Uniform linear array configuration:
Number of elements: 12
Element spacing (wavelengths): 0.25
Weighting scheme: hann
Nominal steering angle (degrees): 60
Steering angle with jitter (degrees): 61.871
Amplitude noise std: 0.05
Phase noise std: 0.05

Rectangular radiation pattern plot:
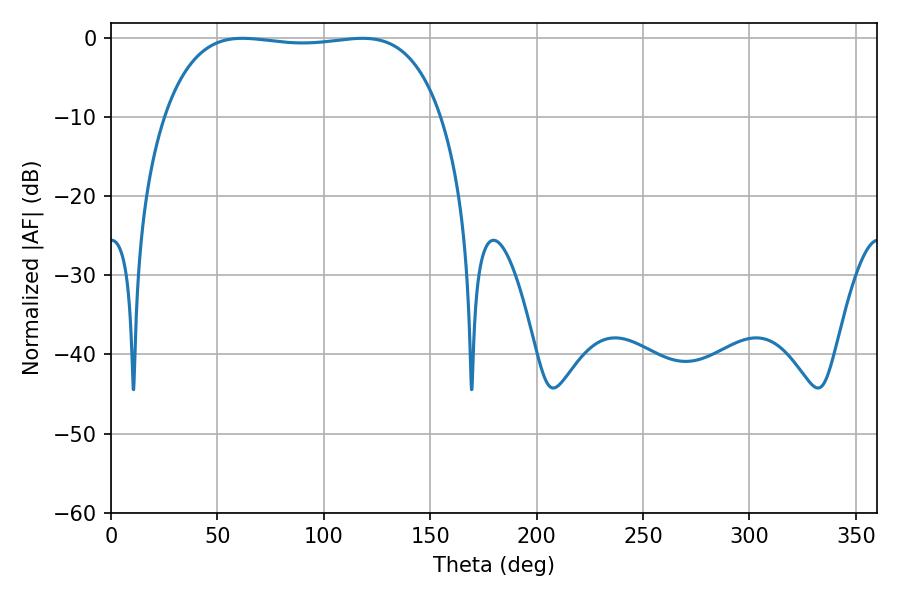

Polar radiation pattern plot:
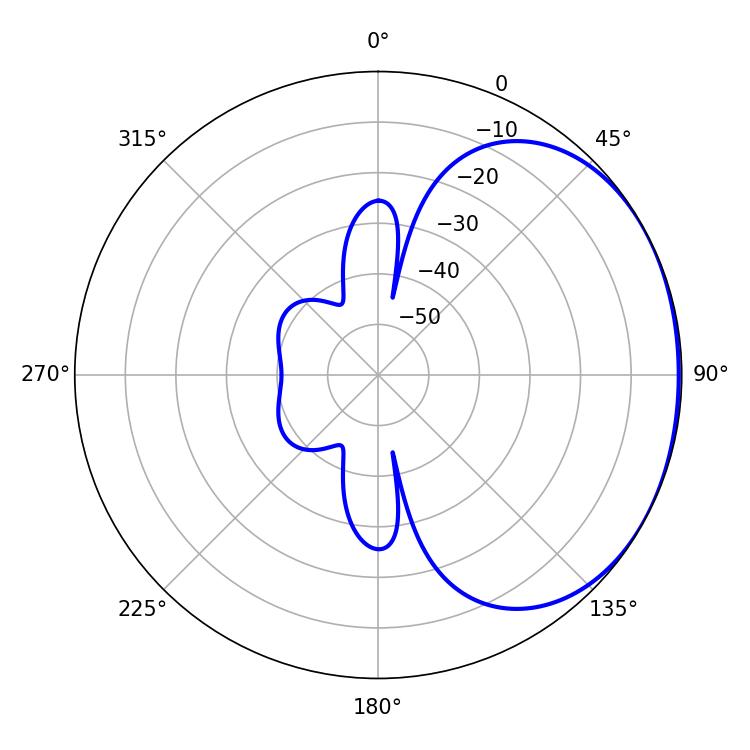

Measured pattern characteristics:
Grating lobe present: FALSE
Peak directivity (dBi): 1.288
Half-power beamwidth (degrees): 103.68
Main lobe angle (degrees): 61.74